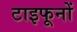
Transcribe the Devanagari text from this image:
टाइफूनों